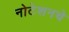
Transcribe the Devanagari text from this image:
नोटेशनचे